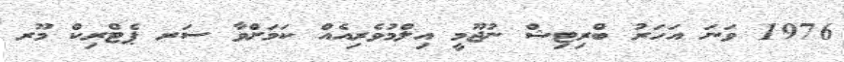
1976 ވަނަ އަހަރު ބްރިޓިޝް ނުޖޫމީ އިލްމުވެރިއެއް ކަމަށްވާ ސަރ ޕެޓްރިކް މޫރ